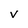
Character: V